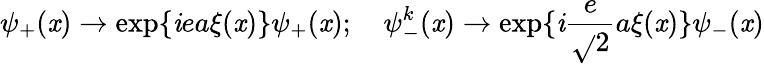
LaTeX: \psi_{+}(\mathit{x})\rightarrow\exp\{ \mathit{i}ea\xi(\mathit{x})\} \psi_{+}(\mathit{x});\quad\psi_{-}^{k}(\mathit{x})\rightarrow\exp\{ \mathit{i}\frac{{e}}{{\sqrt{}{{2}}}}a\xi(\mathit{x})\} \psi_{-}(\mathit{x})